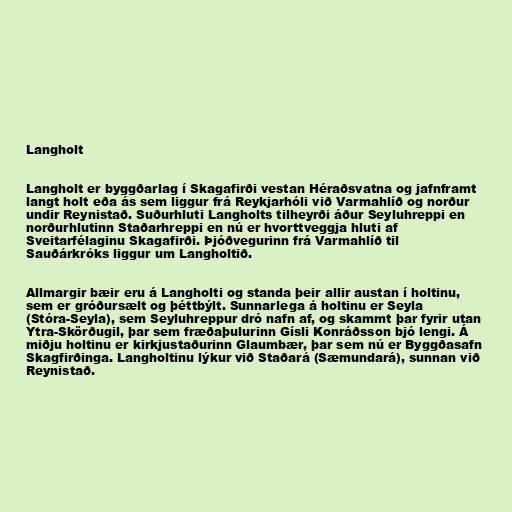
Langholt

Langholt er byggðarlag í Skagafirði vestan Héraðsvatna og jafnframt
langt holt eða ás sem liggur frá Reykjarhóli við Varmahlíð og norður
undir Reynistað. Suðurhluti Langholts tilheyrði áður Seyluhreppi en
norðurhlutinn Staðarhreppi en nú er hvorttveggja hluti af
Sveitarfélaginu Skagafirði. Þjóðvegurinn frá Varmahlíð til
Sauðárkróks liggur um Langholtið.

Allmargir bæir eru á Langholti og standa þeir allir austan í holtinu,
sem er gróðursælt og þéttbýlt. Sunnarlega á holtinu er Seyla
(Stóra-Seyla), sem Seyluhreppur dró nafn af, og skammt þar fyrir utan
Ytra-Skörðugil, þar sem fræðaþulurinn Gísli Konráðsson bjó lengi. Á
miðju holtinu er kirkjustaðurinn Glaumbær, þar sem nú er Byggðasafn
Skagfirðinga. Langholtinu lýkur við Staðará (Sæmundará), sunnan við
Reynistað.